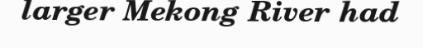
larger Mekong River had